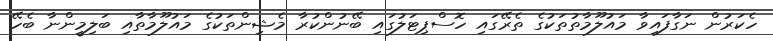
ހެކަރުން ނަގާފައިވާ މައުލޫމާތުތަކުގެ ތެރޭގައި ހޮސްޕިޓަލުގައި ބޭނުންކުރާ މެޝިންތަކުގެ މައުލޫމާތާއި ބަލިމީންނާ ބެހޭ